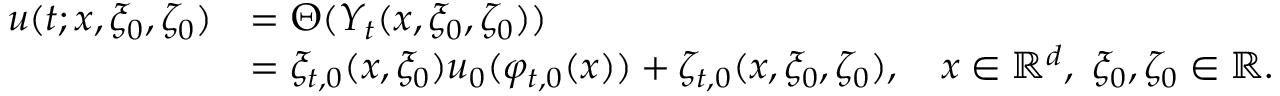
\begin{array} { r l } { u ( t ; x , \xi _ { 0 } , \zeta _ { 0 } ) } & { = \Theta ( Y _ { t } ( x , \xi _ { 0 } , \zeta _ { 0 } ) ) } \\ & { = \xi _ { t , 0 } ( x , \xi _ { 0 } ) u _ { 0 } ( \varphi _ { t , 0 } ( x ) ) + \zeta _ { t , 0 } ( x , \xi _ { 0 } , \zeta _ { 0 } ) , \quad x \in \mathbb { R } ^ { d } , \ \xi _ { 0 } , \zeta _ { 0 } \in \mathbb { R } . } \end{array}